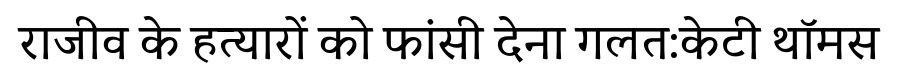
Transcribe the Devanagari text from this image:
राजीव के हत्यारों को फांसी देना गलत:केटी थॉमस